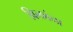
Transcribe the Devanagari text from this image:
विलबंना